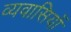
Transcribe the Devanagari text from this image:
व्यवासियों